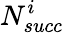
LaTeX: N_{succ}^{i}